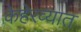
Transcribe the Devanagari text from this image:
केहेरव्यात